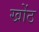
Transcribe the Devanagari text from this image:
खोंठ